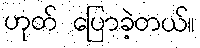
ဟုတ် ပြောခဲ့တယ်။